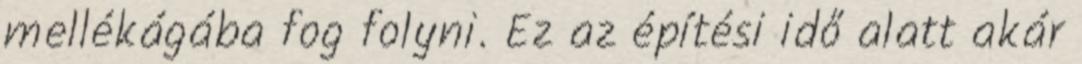
mellékágába fog folyni. Ez az építési idő alatt akár